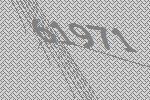
61971